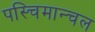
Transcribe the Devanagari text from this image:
पस्चिमान्चल